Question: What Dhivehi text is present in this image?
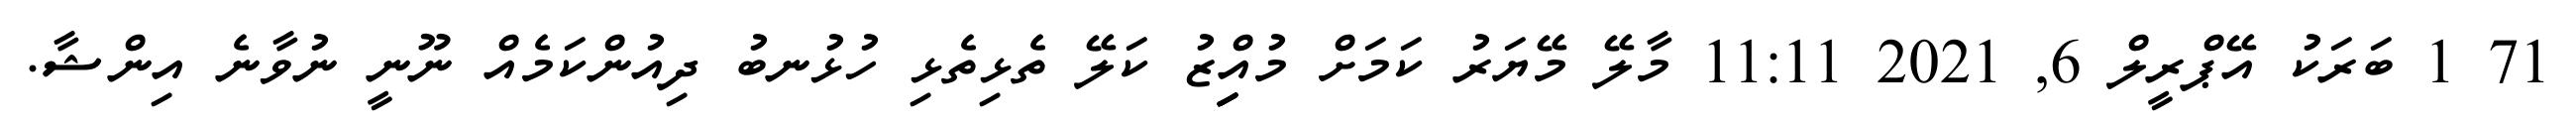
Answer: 71 1 ބަރަކު އޭޕްރީލް 6, 2021 11:11 މާލޭ މޭޔަރު ކަމަށް މުއިިިިިްޒު ކަލޭ ތެޅިތެޅި ހުޅުނބު ދިއުންކަމެއް ނޫނީ ނުވާނެ އިންޝާ.